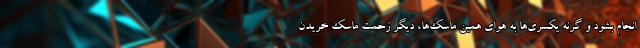
انجام بشود و گرنه یکسری‌ها به هوای همین ماسک‌ها، دیگر زحمت ماسک خریدن